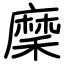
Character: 穈